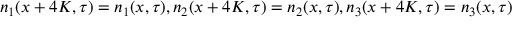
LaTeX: n _ { 1 } ( x + 4 K , \tau ) = n _ { 1 } ( x , \tau ) , n _ { 2 } ( x + 4 K , \tau ) = n _ { 2 } ( x , \tau ) , n _ { 3 } ( x + 4 K , \tau ) = n _ { 3 } ( x , \tau )